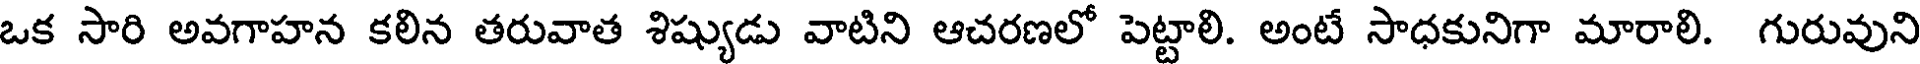
ఒక సారి అవగాహన కలిన తరువాత శిష్యుడు వాటిని ఆచరణలో పెట్టాలి. అంటే సాధకునిగా మారాలి. గురువుని